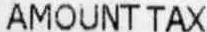
AMOUNT TAX